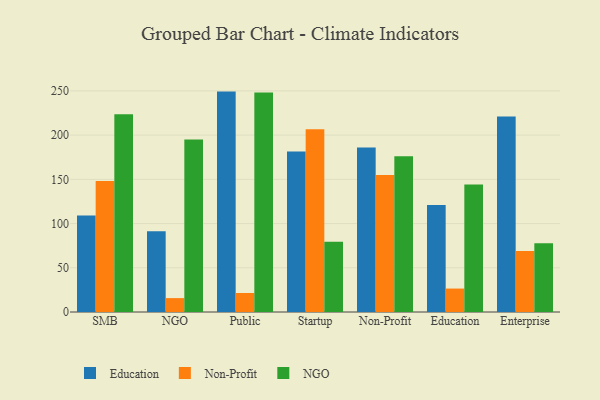
{"axis": {"x": "Segment", "y": "Website Visitors"}, "legend": ["Education", "NGO", "Non-Profit"], "data": [{"x": "SMB", "y": 109.0, "type": "Education"}, {"x": "SMB", "y": 148.2, "type": "Non-Profit"}, {"x": "SMB", "y": 223.6, "type": "NGO"}, {"x": "NGO", "y": 91.2, "type": "Education"}, {"x": "NGO", "y": 15.7, "type": "Non-Profit"}, {"x": "NGO", "y": 195.1, "type": "NGO"}, {"x": "Public", "y": 249.2, "type": "Education"}, {"x": "Public", "y": 21.5, "type": "Non-Profit"}, {"x": "Public", "y": 248.2, "type": "NGO"}, {"x": "Startup", "y": 181.5, "type": "Education"}, {"x": "Startup", "y": 206.6, "type": "Non-Profit"}, {"x": "Startup", "y": 79.4, "type": "NGO"}, {"x": "Non-Profit", "y": 186.0, "type": "Education"}, {"x": "Non-Profit", "y": 154.8, "type": "Non-Profit"}, {"x": "Non-Profit", "y": 176.1, "type": "NGO"}, {"x": "Education", "y": 121.1, "type": "Education"}, {"x": "Education", "y": 26.5, "type": "Non-Profit"}, {"x": "Education", "y": 144.2, "type": "NGO"}, {"x": "Enterprise", "y": 221.1, "type": "Education"}, {"x": "Enterprise", "y": 69.0, "type": "Non-Profit"}, {"x": "Enterprise", "y": 77.6, "type": "NGO"}]}